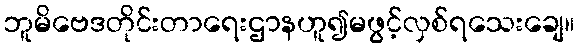
ဘူမိဗေဒတိုင်းတာရေးဌာနဟူ၍မဖွင့်လှစ်ရသေးချေ။